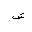
Letter: _shin